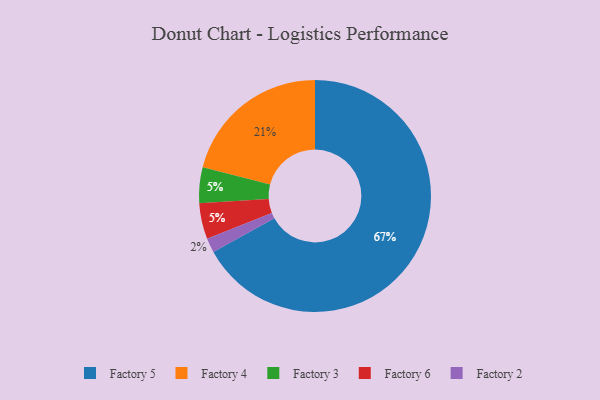
{"axis": {"x": "Category", "y": "Percentage"}, "legend": ["Factory 2", "Factory 3", "Factory 4", "Factory 5", "Factory 6"], "data": [{"x": "Factory 2", "y": 2, "type": "Factory 2"}, {"x": "Factory 3", "y": 5, "type": "Factory 3"}, {"x": "Factory 4", "y": 21, "type": "Factory 4"}, {"x": "Factory 6", "y": 5, "type": "Factory 6"}, {"x": "Factory 5", "y": 67, "type": "Factory 5"}]}